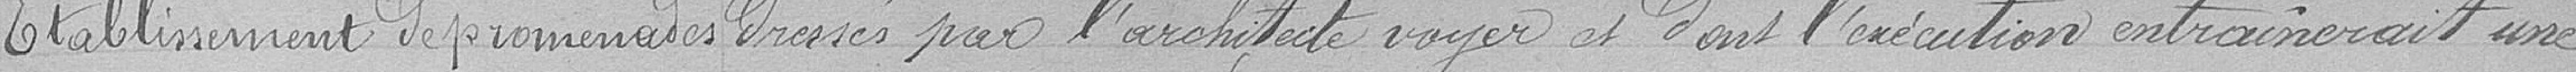
Etablissement de promenades      dressés par l'architecte voyer et dont l'exécution entrainerait une